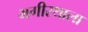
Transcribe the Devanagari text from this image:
भगीरथाला